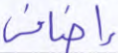
إضافي